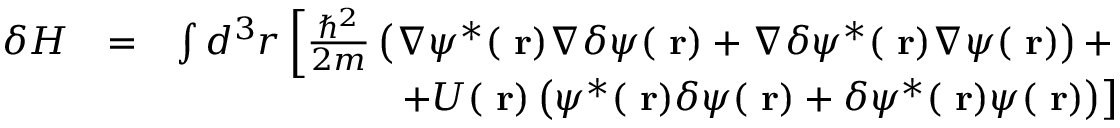
\begin{array} { r l r } { \delta H } & { = } & { \int d ^ { 3 } r \left[ \frac { \hbar ^ { 2 } } { 2 m } \left( \nabla \psi ^ { * } ( \mathrm { \bf ~ r } ) \nabla \delta \psi ( \mathrm { \bf ~ r } ) + \nabla \delta \psi ^ { * } ( \mathrm { \bf ~ r } ) \nabla \psi ( \mathrm { \bf ~ r } ) \right) + \right. } \\ & { } & { \left. + U ( \mathrm { \bf ~ r } ) \left( \psi ^ { * } ( \mathrm { \bf ~ r } ) \delta \psi ( \mathrm { \bf ~ r } ) + \delta \psi ^ { * } ( \mathrm { \bf ~ r } ) \psi ( \mathrm { \bf ~ r } ) \right) \right] } \end{array}